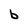
Character: b